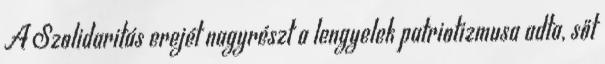
A Szolidaritás erejét nagyrészt a lengyelek patriotizmusa adta, sőt